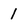
Character: 1